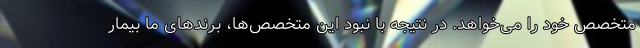
متخصص خود را می‌خواهد. در نتیجه با نبود این متخصص‌ها، برندهای ما بیمار